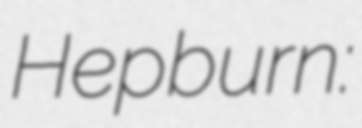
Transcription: Hepburn: